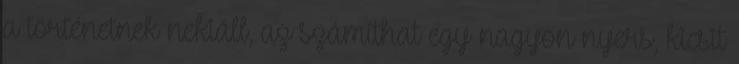
a történetnek nekiáll, az számíthat egy nagyon nyers, kicsit